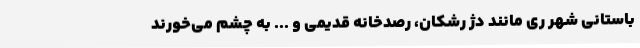
باستانی شهر ری مانند دژ رشکان، رصدخانه قدیمی و ... به چشم می‌خورند